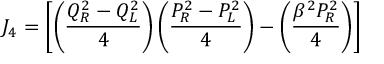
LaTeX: J _ { 4 } = \left[ \left( { \frac { Q _ { R } ^ { 2 } - Q _ { L } ^ { 2 } } { 4 } } \right) \left( { \frac { P _ { R } ^ { 2 } - P _ { L } ^ { 2 } } { 4 } } \right) - \left( { \frac { \beta ^ { 2 } P _ { R } ^ { 2 } } { 4 } } \right) \right]